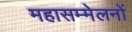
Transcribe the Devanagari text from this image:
महासम्मेलनों